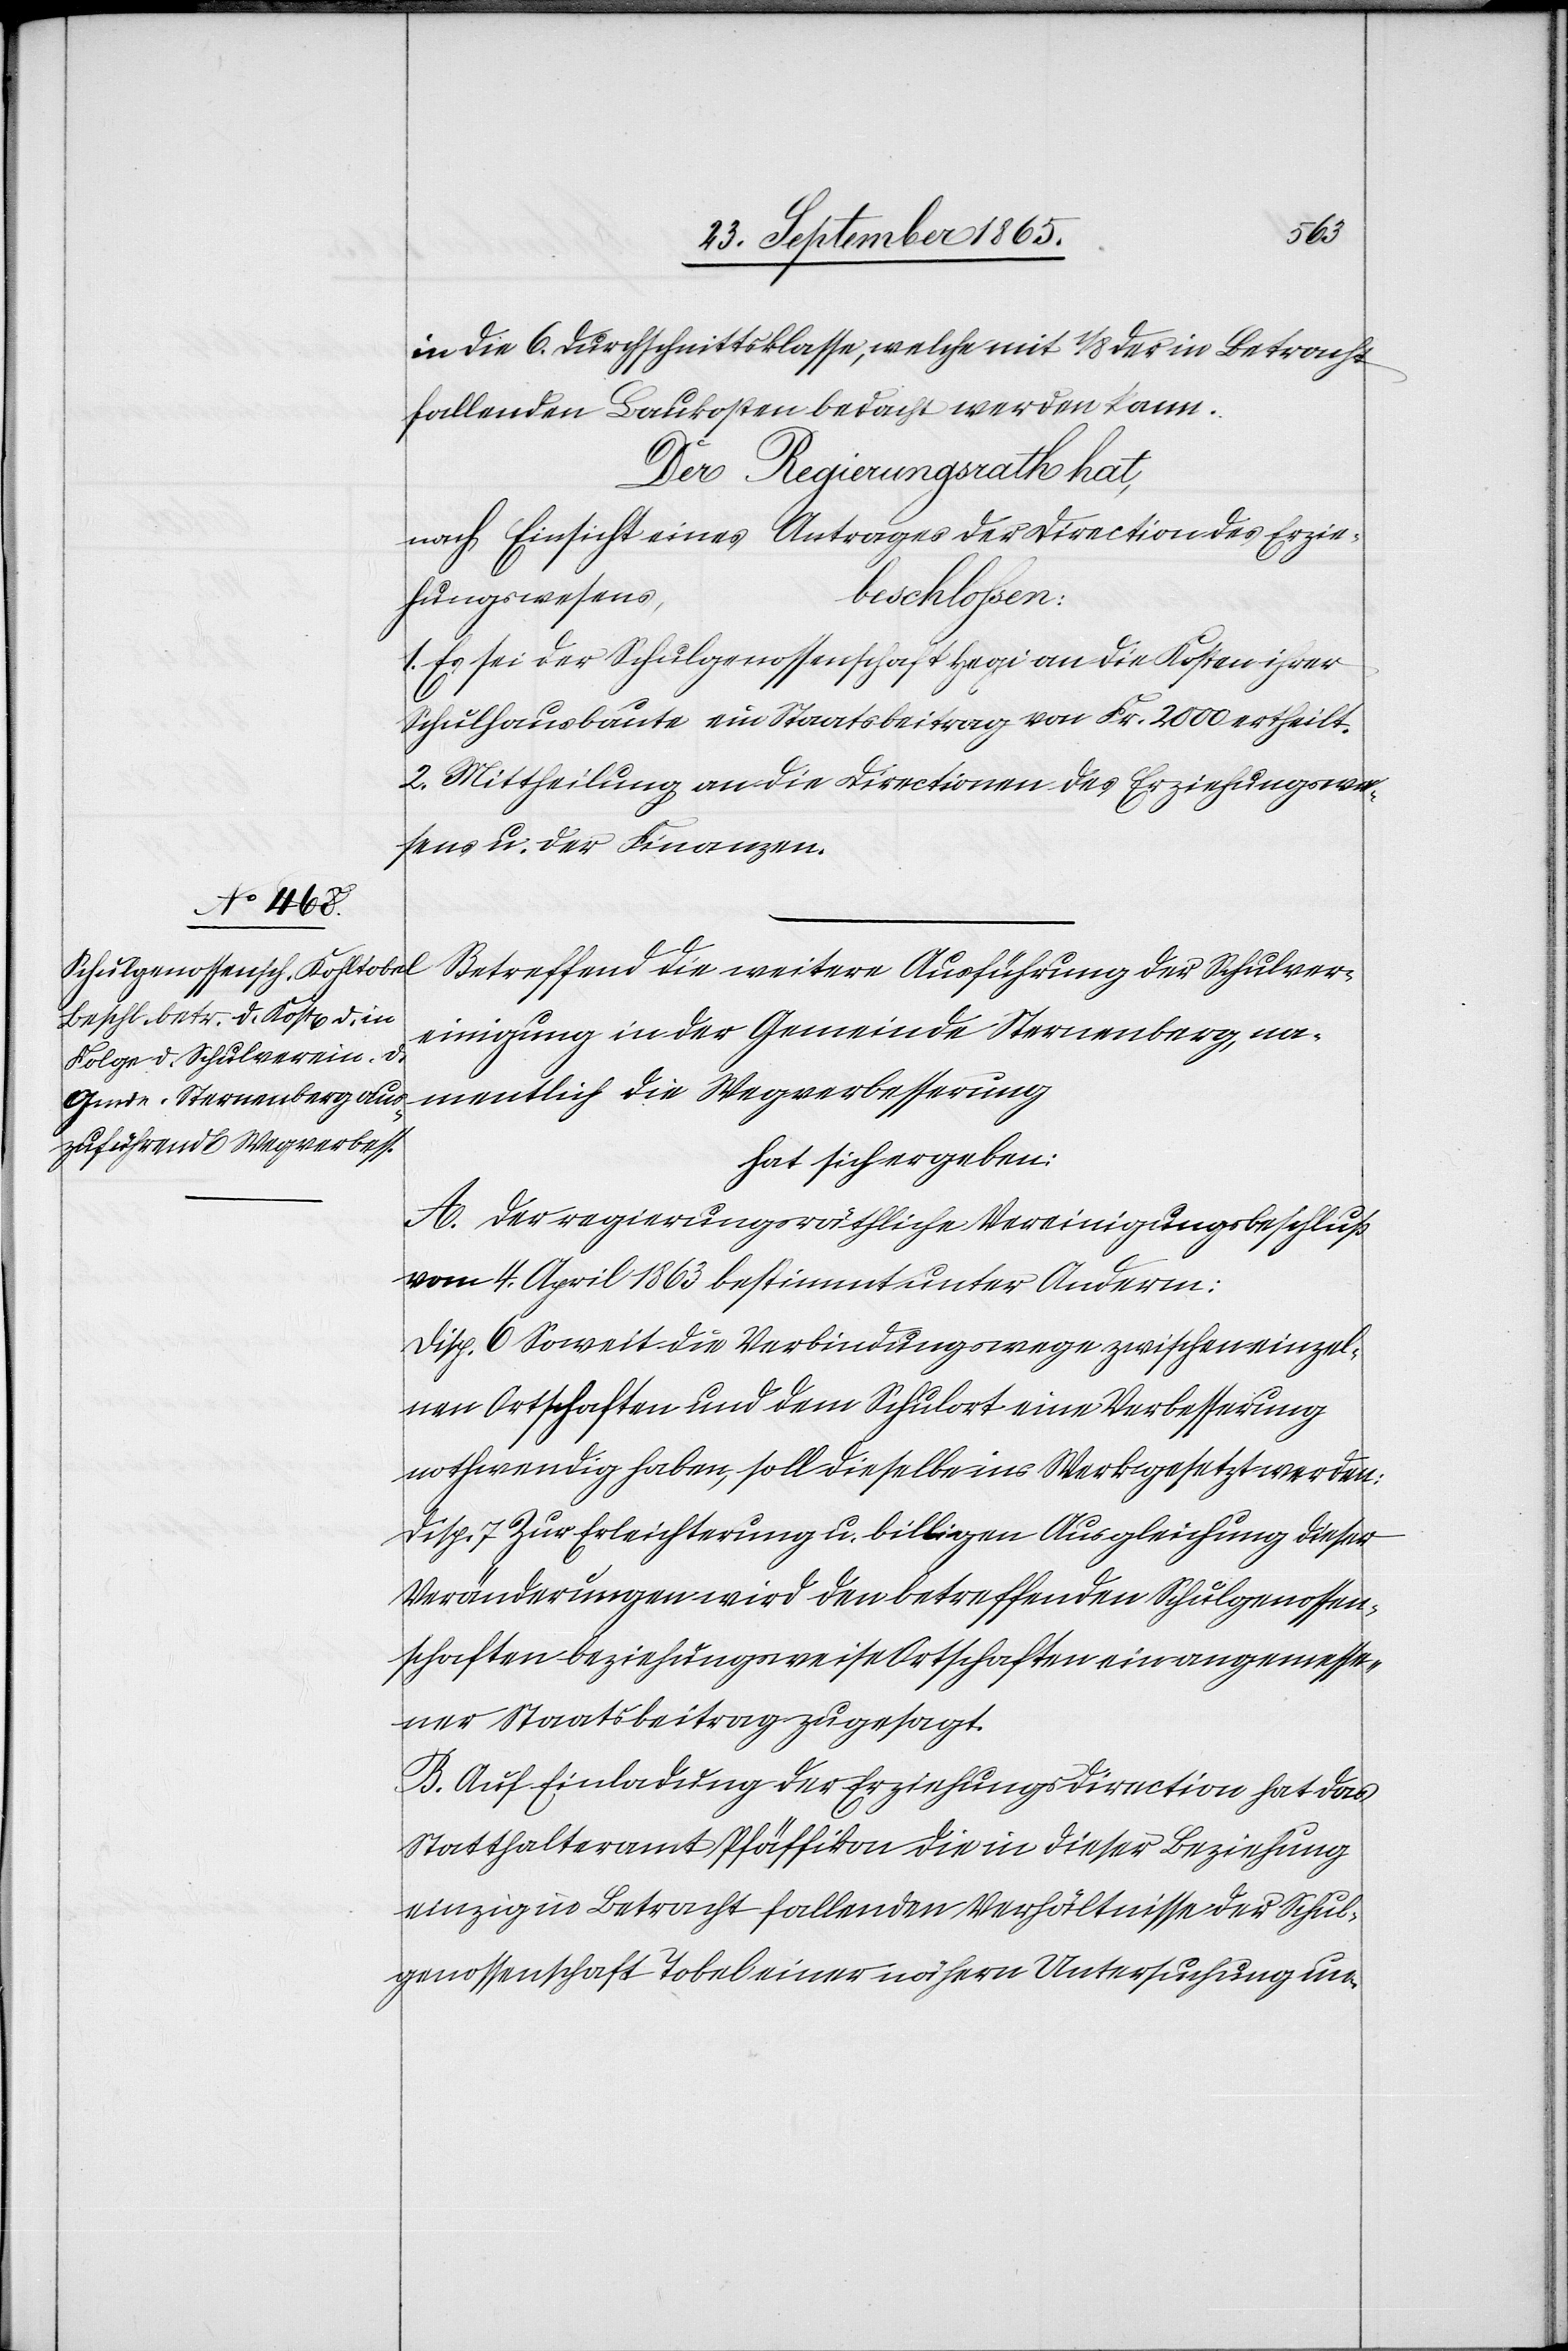
in die 6. Durchschnittsklasse, welche mit 1/8 der in Betracht
fallenden Baukosten bedacht werden kann.
Der Regierungsrath hat,
nach Einsicht eines Antrages der Direction des Erzie¬
hungswesens,
beschlossen:
Es sei der Schulgenossenschaft Hegi an die Kosten ihrer
Schulhausbaute ein Staatsbeitrag von Fr. 2000 ertheilt.
2. Mittheilung an die Directionen des Erziehungswe¬
sens u. der Finanzen.
Betreffend die weitere Ausführung der Schulver¬
einigung in der Gemeinde Sternenberg, na¬
mentlich die Wegverbesserung
hat sich ergeben:
A. Der regierungsräthliche Vereinigungsbeschluß
vom 4. April 1863 bestimmt unter Anderm:
Disp. 6 Soweit die Verbindungswege zwischen einzel¬
nen Ortschaften und dem Schulort eine Verbesserung
nothwendig haben, soll dieselbe ins Werk gesetzt werden:
Disp. 7 Zur Erleichterung u. billigen Ausgleichung dieser
Veränderungen wird den betreffenden Schulgenossen¬
schaften beziehungsweise Ortschaften ein angemesse¬
ner Staatsbeitrag zugesagt.
B. Auf Einladung der Erziehungsdirection hat das
Statthalteramt Pfäffikon die in dieser Beziehung
einzig in Betracht fallenden Verhältnisse der Schul¬
genossenschaft Tobel einer nähern Untersuchung un-